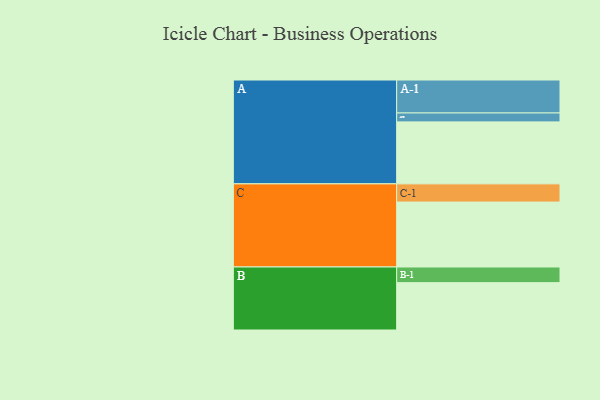
{"axis": {"x": "Segment", "y": "Value"}, "legend": ["", "A", "B", "C"], "data": [{"x": "A", "y": 487, "type": ""}, {"x": "B", "y": 372, "type": ""}, {"x": "C", "y": 510, "type": ""}, {"x": "A-1", "y": 259, "type": "A"}, {"x": "A-2", "y": 70, "type": "A"}, {"x": "B-1", "y": 123, "type": "B"}, {"x": "C-1", "y": 143, "type": "C"}]}